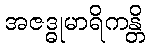
အဇဒ္ဓုမာရိကန္တိ